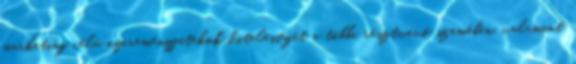
marketing célú nyereményjátékok hitelességét a többi résztvevő szemében, valamint